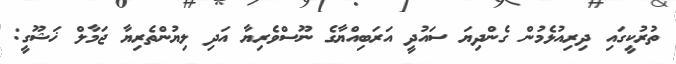
ތުރުކީގައި ދިރިއުޅެމުން ގެންދިޔަ ސައުދީ އަރަބިއްޔާގެ ނޫސްވެރިޔާ އަދި ލިޔުންތެރިޔާ ޖަމާލް ޚަޝޫގީ: